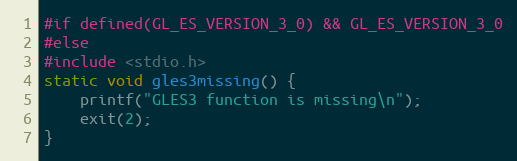
Language: C
#if defined(GL_ES_VERSION_3_0) && GL_ES_VERSION_3_0
#else
#include <stdio.h>
static void gles3missing() {
	printf("GLES3 function is missing\n");
	exit(2);
}